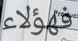
فهؤلاء